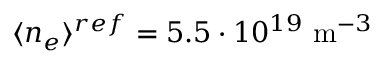
\langle n _ { e } \rangle ^ { r e f } = 5 . 5 \cdot 1 0 ^ { 1 9 } ~ \mathrm { m } ^ { - 3 }